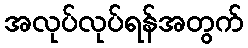
အလုပ်လုပ်ရန်အတွက်